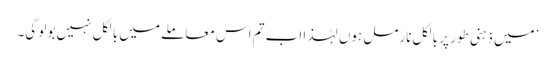
’میں ذہنی طور پر بالکل نارمل ہوں لہٰذا اب تم اس معاملے میں بالکل نہیں بولو گی۔